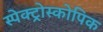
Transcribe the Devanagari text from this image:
स्पेक्ट्रोस्कोपिक